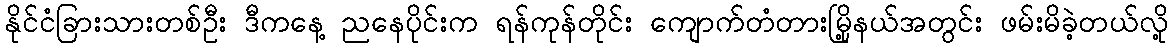
နိုင်ငံခြားသားတစ်ဦး ဒီကနေ့ ညနေပိုင်းက ရန်ကုန်တိုင်း ကျောက်တံတားမြို့နယ်အတွင်း ဖမ်းမိခဲ့တယ်လို့